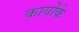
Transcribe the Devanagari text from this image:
कार्योंके